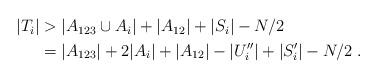
LaTeX: \begin{align*}\begin{aligned}|T_i|&> |A_{123}\cup A_i|+|A_{12}|+|S_i|-N/2\\&=|A_{123}|+2|A_i|+|A_{12}|-|U''_i|+|S'_{i}|-N/2\;.\end{aligned}\end{align*}